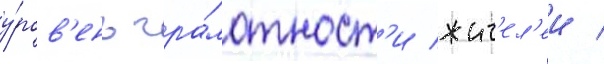
у́ров'ень гра́мотност'и жит'ел'еи /